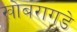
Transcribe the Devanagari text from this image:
खोबरागडे